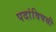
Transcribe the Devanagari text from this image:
पदांविषयी